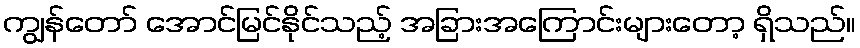
ကျွန်တော် အောင်မြင်နိုင်သည့် အခြားအကြောင်းများတော့ ရှိသည်။